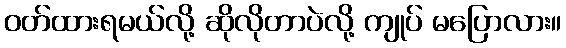
ဝတ်ထားရမယ်လို့ ဆိုလိုတာပဲလို့ ကျုပ် မပြောလား။